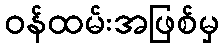
ဝန်ထမ်းအဖြစ်မှ